Report on the Calcutta epizootic or cattle disease of 1864 in Calcutta and its neighbourhood
Year: 1864
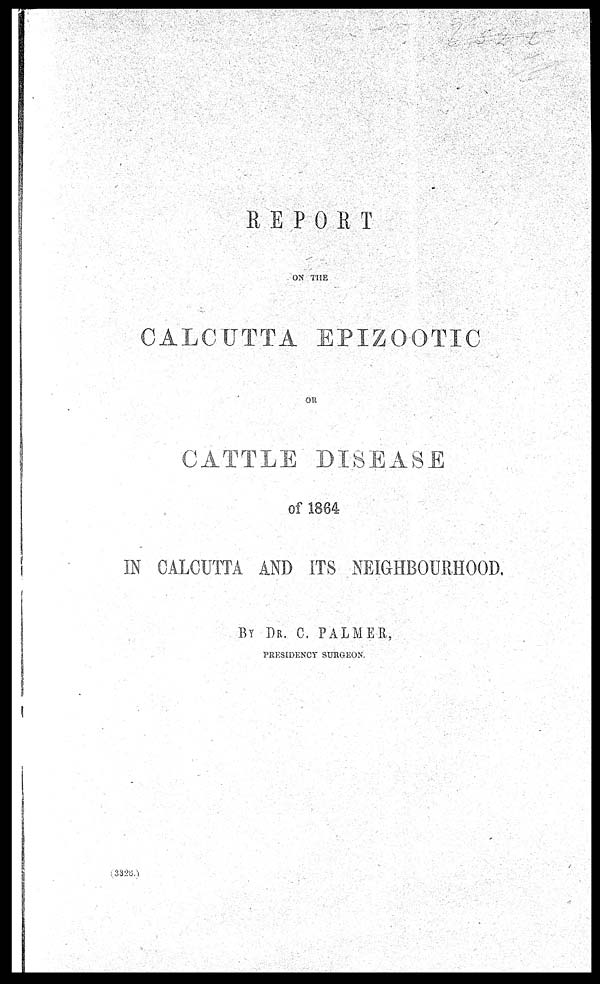
REPORT
ON THE
CALCUTTA EPIZOOTIC
OR
CATTLE DISEASE
of 1864
IN CALCUTTA AND ITS NEIGHBOURHOOD.
BY DR. C. PALMER,
PRESIDENCY SURGEON.
(3328.)